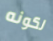
لكونه